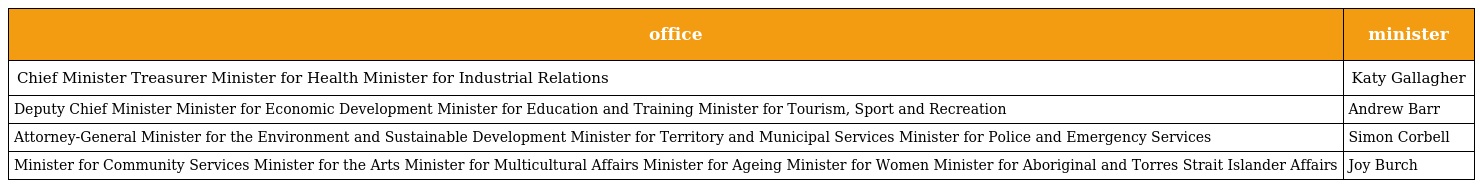
| office | minister |
 | --- | --- |
 | Chief Minister Treasurer Minister for Health Minister for Industrial Relations | Katy Gallagher |
 | Deputy Chief Minister Minister for Economic Development Minister for Education and Training Minister for Tourism, Sport and Recreation | Andrew Barr |
 | Attorney-General Minister for the Environment and Sustainable Development Minister for Territory and Municipal Services Minister for Police and Emergency Services | Simon Corbell |
 | Minister for Community Services Minister for the Arts Minister for Multicultural Affairs Minister for Ageing Minister for Women Minister for Aboriginal and Torres Strait Islander Affairs | Joy Burch |